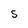
Character: s